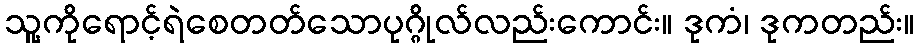
သူ့ကိုရောင့်ရဲစေတတ်သောပုဂ္ဂိုလ်လည်းကောင်း။ ဒုကံ၊ ဒုကတည်း။